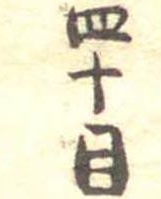
四十目